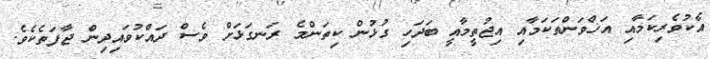
އެކުވެރިކަމާއި އަޚްވަންތަކަމާއި އިޖުތީމާއީ ބަދަހި ގުޅުން ކިތަންމެ ރަނގަޅަށް ވެސް ދައްކުވައިދިން ޖާފަތެކެވެ.